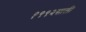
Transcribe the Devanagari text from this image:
१९९२साली